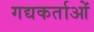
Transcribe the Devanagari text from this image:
गद्यकर्ताओं